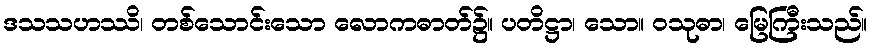
ဒသသဟဿိ၊ တစ်သောင်းသော လောကဓာတ်၌။ ပတိဋ္ဌာ၊ သော။ ဝသုဓာ၊ မြေကြီးသည်။